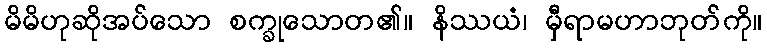
မိမိဟုဆိုအပ်သော စက္ခုသောတ၏။ နိဿယံ၊ မှီရာမဟာဘုတ်ကို။